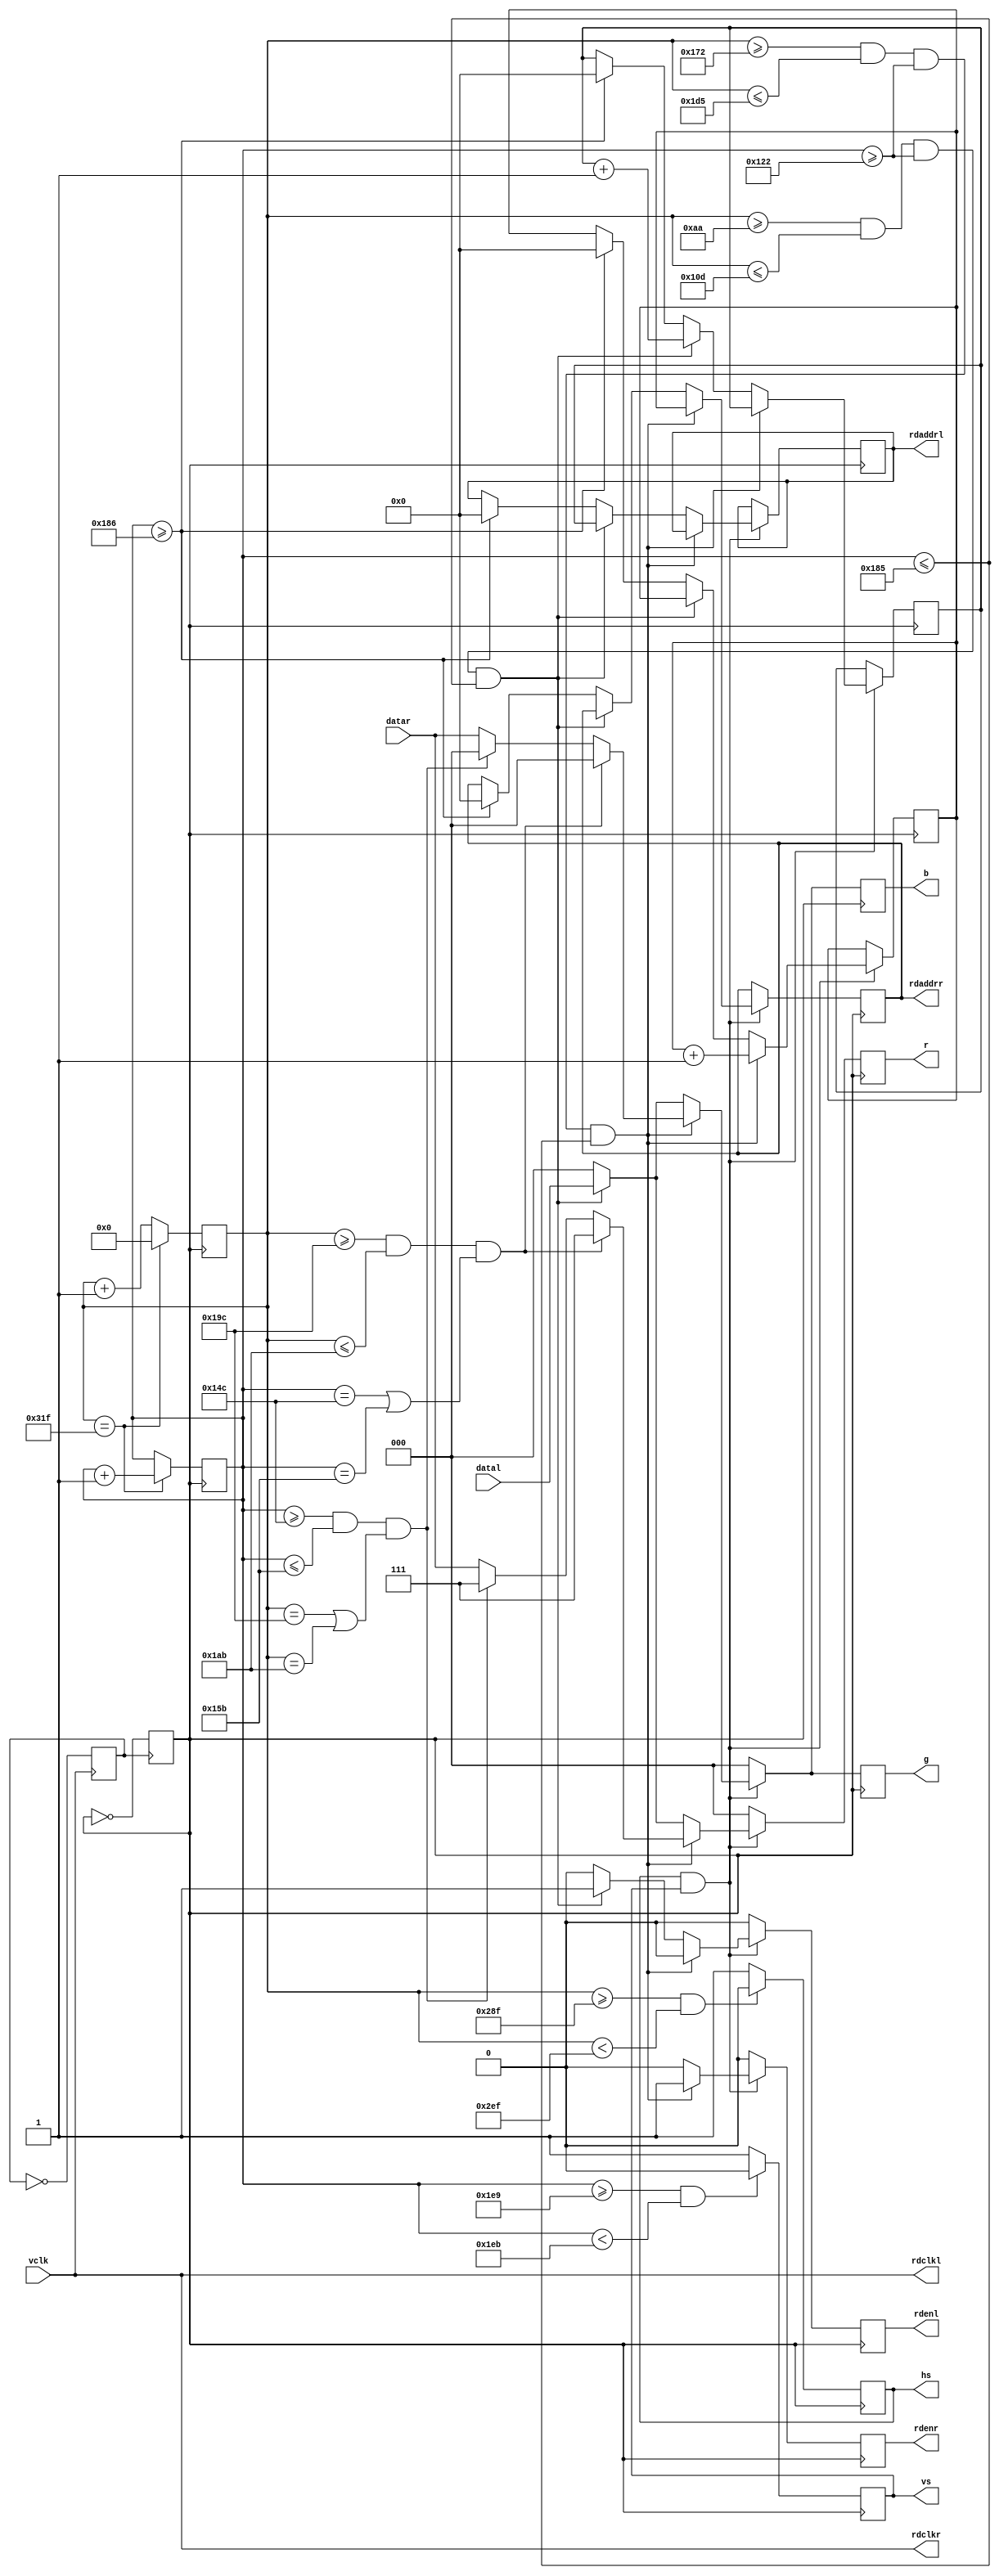
/* 
---------------------------------------------------------------------------------------------
--: 2016-06-06
--: EP2C20Q240C8
--: vclk100MHz
--: 
--: 
--: , 2RAM, , VGA.
--------------------------------------------------------------------------------------------- 
*/

module seperate_view(vclk, datal, rdaddrl, rdclkl, datar, rdaddrr, rdclkr, vs, hs, r, g, b, rdenl, rdenr);
output reg [15:0] rdaddrl;
output wire rdclkl;
output reg [15:0] rdaddrr;
output wire rdclkr;
output reg vs;
output reg hs;
output reg [2:0] r;
output reg [2:0] g;
output reg [2:0] b;
output reg rdenl;
output reg rdenr;
input vclk;
input [2:0] datal;
input [2:0] datar;

reg [9:0] vector_x;
reg [8:0] vector_y;
reg [15:0] nextaddrl;
reg [15:0] nextaddrr;
reg clk50;
reg clk25;

assign rdclkl = vclk;
assign rdclkr = vclk;

always@(posedge vclk)
begin
	clk50 <= ~clk50;
end

always@(posedge clk50)
begin
	clk25 <= ~clk25;
end

always@(posedge clk25)
begin
	if (vector_x == 799)
		vector_x <= 0;
	else
		vector_x <= vector_x + 1;
end

always@(posedge clk25)
begin
	if (vector_x == 799)
	begin
		if (vector_y == 524)
			vector_y <= 0;
		else
			vector_y <= vector_y + 1;
	end
	else
		vector_y <= vector_y;
end

always@(posedge clk25)
begin
	if (vector_y >= 489 && vector_y < 491)
		vs <= 0;
	else
		vs <= 1;
end

always@(posedge clk25)
begin
	if (vector_x >= 655 && vector_x < 751)
		hs <= 0;
	else
		hs <= 1;
end

always@(posedge clk25)
begin
	if (hs == 1 && vs == 1)
	begin
		if (vector_x >= 370 && vector_x <= 469 && vector_y >= 290 && vector_y <= 389)
		begin
			if (vector_x >= 412 && vector_x <= 427 && (vector_y == 332 || vector_y == 347))
				begin
				r <= 3'b111;
				g <= 0;
				b <= 0;
				end
			else if (vector_y >= 332 && vector_y <= 347 && (vector_x == 412 || vector_x == 427))
				begin
				r <= 3'b111;
				g <= 0;
				b <= 0;
				end
			else
			begin
			r <= datar;
			g <= datar;
			b <= datar;
			end
			rdaddrr <= nextaddrr;
			nextaddrr <= nextaddrr + 1;
			rdenr <= 1;
			rdaddrl <= rdaddrl;
			nextaddrl <= nextaddrl;
			rdenl <= 0;
		end
		else if (vector_x >= 170 && vector_x <= 269 && vector_y >= 290 && vector_y <= 389)
		begin
			r <= datal;
			g <= datal;
			b <= datal;
			rdaddrr <= rdaddrr;
			nextaddrr <= nextaddrr;
			rdenr <= 0;
			rdaddrl <= nextaddrl;
			nextaddrl <= nextaddrl + 1;
			rdenl <= 1;
		end
		else if (vector_y >= 390)
		begin
			r <= 0;
			g <= 0;
			b <= 0;
			rdaddrr <= 0;
			nextaddrr <= 0;
			rdenr <= 0;
			rdaddrl <= 0;
			nextaddrl <= 0;
			rdenl <= 0;
		end
		else
		begin
			r <= 0;
			g <= 0;
			b <= 0;
			rdaddrr <= rdaddrr;
			nextaddrr <= nextaddrr;
			rdenr <= 0;
			rdaddrl <= rdaddrl;
			nextaddrl <= nextaddrl;
			rdenl <= 0;
		end
	end
	else
	begin
		r <= 0;
		g <= 0;
		b <= 0;
		rdaddrr <= rdaddrr;
		nextaddrr <= nextaddrr;
		rdenr <= 0;
		rdaddrl <= rdaddrl;
		nextaddrl <= nextaddrl;
		rdenl <= 0;
	end
end


endmodule